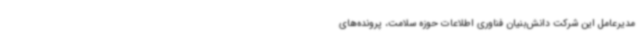
مدیرعامل این شرکت دانش‌بنیان فناوری اطلاعات حوزه سلامت، پرونده‌های